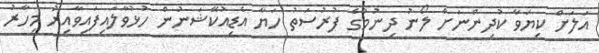
އަލަށް ކިޔަވާ ކުދިންނަށް ލޯނު ދިނުމުގެ ފުރުސަތު ހަޔާ އެޑިއުކޭޝަނުން ހުޅުވާލައިފައިވާއިރު މިހާރު